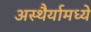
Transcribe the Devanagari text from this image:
अस्थैर्यामध्ये